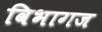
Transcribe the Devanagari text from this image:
विभागज